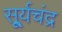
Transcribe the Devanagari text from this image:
सू्र्यचंद्र